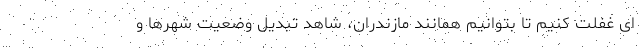
ای غفلت کنیم تا بتوانیم همانند مازندران، شاهد تبدیل وضعیت شهرها و